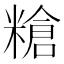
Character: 𥻲